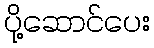
ပို့ဆောင်ပေး